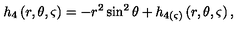
h _ { 4 } \left( r , \theta , \varsigma \right) = - r ^ { 2 } \sin ^ { 2 } \theta + h _ { 4 ( \varsigma ) } \left( r , \theta , \varsigma \right) ,